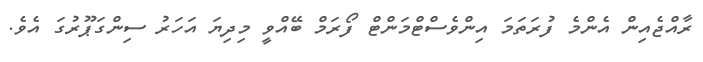
ރާއްޖެއިން އެންމެ ފުރަތަމަ އިންވެސްޓްމަންޓް ފޯރަމް ބޭއްވީ މިދިޔަ އަހަރު ސިންގަޕޫރުގަ އެވެ.